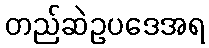
တည်ဆဲဥပဒေအရ